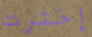
إخترت